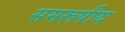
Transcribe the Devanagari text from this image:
समरूपीय